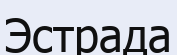
Эстрада